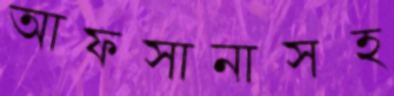
আফসানাসহ